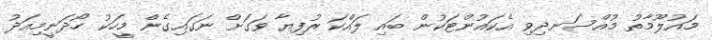
މައުލޫމާތު މުއްސަނދިވި އެކައުންޓަކުން ބައި ލައްކަ ރުފިޔާ ވަގަށް ނަގައިގެން މީހަކު ހޯދަނީމިއަދު